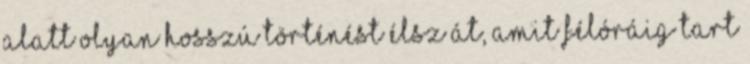
alatt olyan hosszú történést élsz át, amit félóráig tart